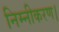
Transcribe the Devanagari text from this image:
निम्नीकरण।